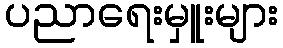
ပညာရေးမှူးများ